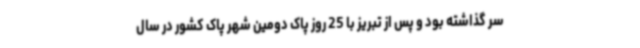
سر گذاشته بود و پس از تبریز با 25 روز پاک دومین شهر پاک کشور در سال